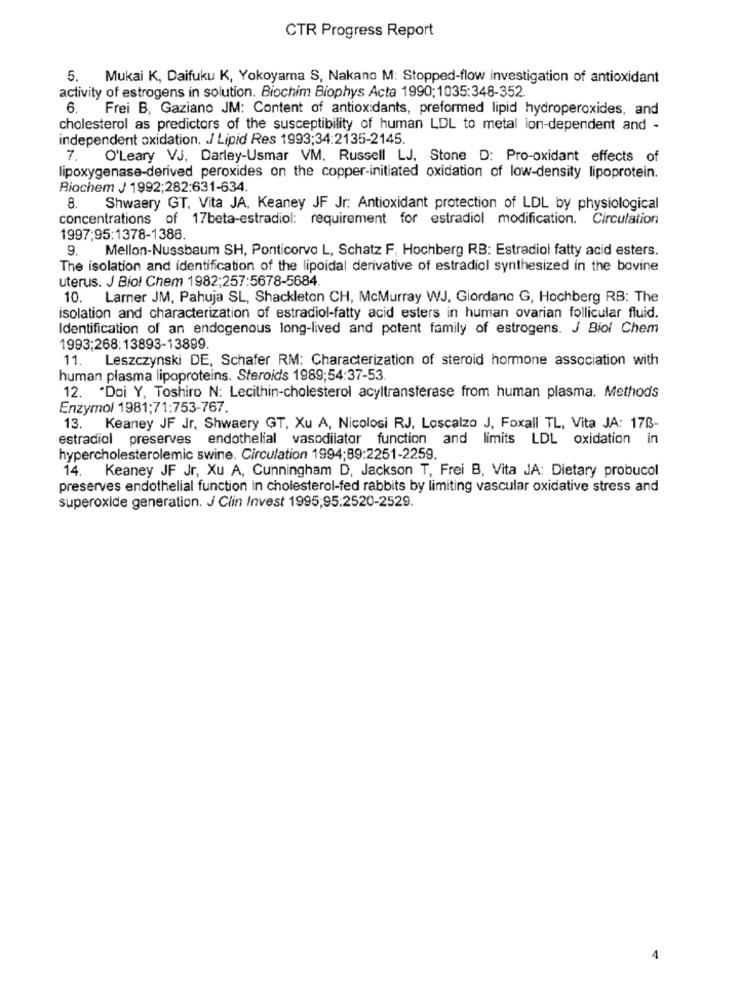
CTR Progress Report
5. Mukai K, Daifuku K, Yokoyama S, Nakano M: Stopped-flow investigation of antioxidant
activity of estrogens in solution. Biochim Biophys Acta 1990; 1035:348-352.
6.
Frei B, Gaziano JM: Content of antioxidants, preformed lipid hydroperoxides, and
cholesterol as predictors of the susceptibility of human LDL to metal ion-dependent and -
independent oxidation. J Lipid Res 1993;34:2135-2145.
7. O'Leary VJ, Darley-Usmar VM. Russell LJ, Stone D: Pro-oxidant effects of
lipoxygenase-derived peroxides on the copper-initiated oxidation of low-density lipoprotein.
Biochem J 1992;282:631-634.
Shwaery GT, Vita JA, Keaney JF Jr: Antioxidant protection of LDL by physiological
concentrations of 17beta-estradiol: requirement for estradiol modification. Circulation
1997;95:1378-1386.
9. Mellon-Nussbaum SH, Ponticorvo L, Schatz F, Hochberg RB: Estradiol fatty acid esters.
The isolation and identification of the lipoidal derivative of estradiol synthesized in the bovine
uterus. J Biol Chem 1982;257:5678-5684.
10. Larner JM, Pahuja SL, Shackleton CH, McMurray WJ, Giordano G, Hochberg RB: The
isolation and characterization of estradiol-fatty acid esters in human ovarian follicular fluid.
Identification of an endogenous long-lived and potent family of estrogens. J Biol Chem
1993;268:13893-13899
11. Leszczynski DE, Schafer RM: Characterization of steroid hormone association with
human plasma lipoproteins. Steroids 1989;54:37-53
12. "Doi Y, Toshiro N: Lecithin-cholesterol acyltransferase from human plasma. Methods
Enzymol 1981;71:753-767.
13. Keaney JF Jr, Shwaery GT, Xu A, Nicolosi RJ, Loscalzo J, Foxall TL, Vita JA: 17B-
estradiol preserves endothelial vasodilator function and limits LDL oxidation in
hypercholesterolemic swine. Circulation 1994;89:2251-2259.
14. Keaney JF Jr, Xu A, Cunningham D, Jackson T, Frei B, Vita JA: Dietary probucol
preserves endothelial function in cholesterol-fed rabbits by limiting vascular oxidative stress and
superoxide generation. J Clin Invest 1995,95:2520-2529.